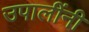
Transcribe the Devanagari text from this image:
उपालींनी